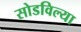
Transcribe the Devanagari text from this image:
सोडविल्या